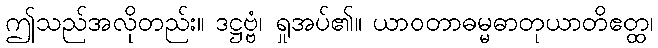
ဤသည်အလိုတည်း။ ဒဋ္ဌဗ္ဗံ၊ ရှုအပ်၏။ ယာဝတာဓမ္မဓာတုယာတိဧတ္ထ၊